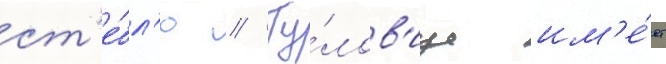
ст'е́бл'ю // Ту́лов'ище им'е́ет